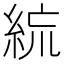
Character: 𥿼